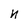
Character: N